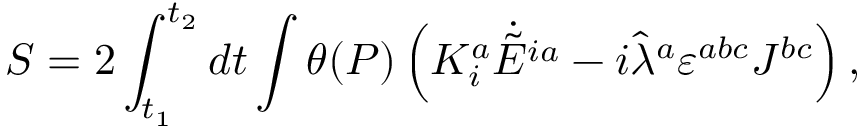
S = 2 \int _ { t _ { 1 } } ^ { t _ { 2 } } d t \int \theta ( P ) \left( K _ { i } ^ { a } \dot { \tilde { E } ^ { i a } } - i \hat { \lambda } ^ { a } \varepsilon ^ { a b c } J ^ { b c } \right) ,